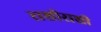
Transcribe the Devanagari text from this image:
राशीराशी